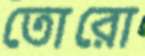
তোরো